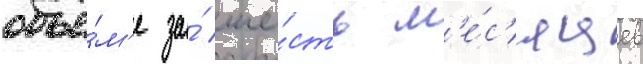
объё́м'е за́ ше́сть м'е́с'яцев